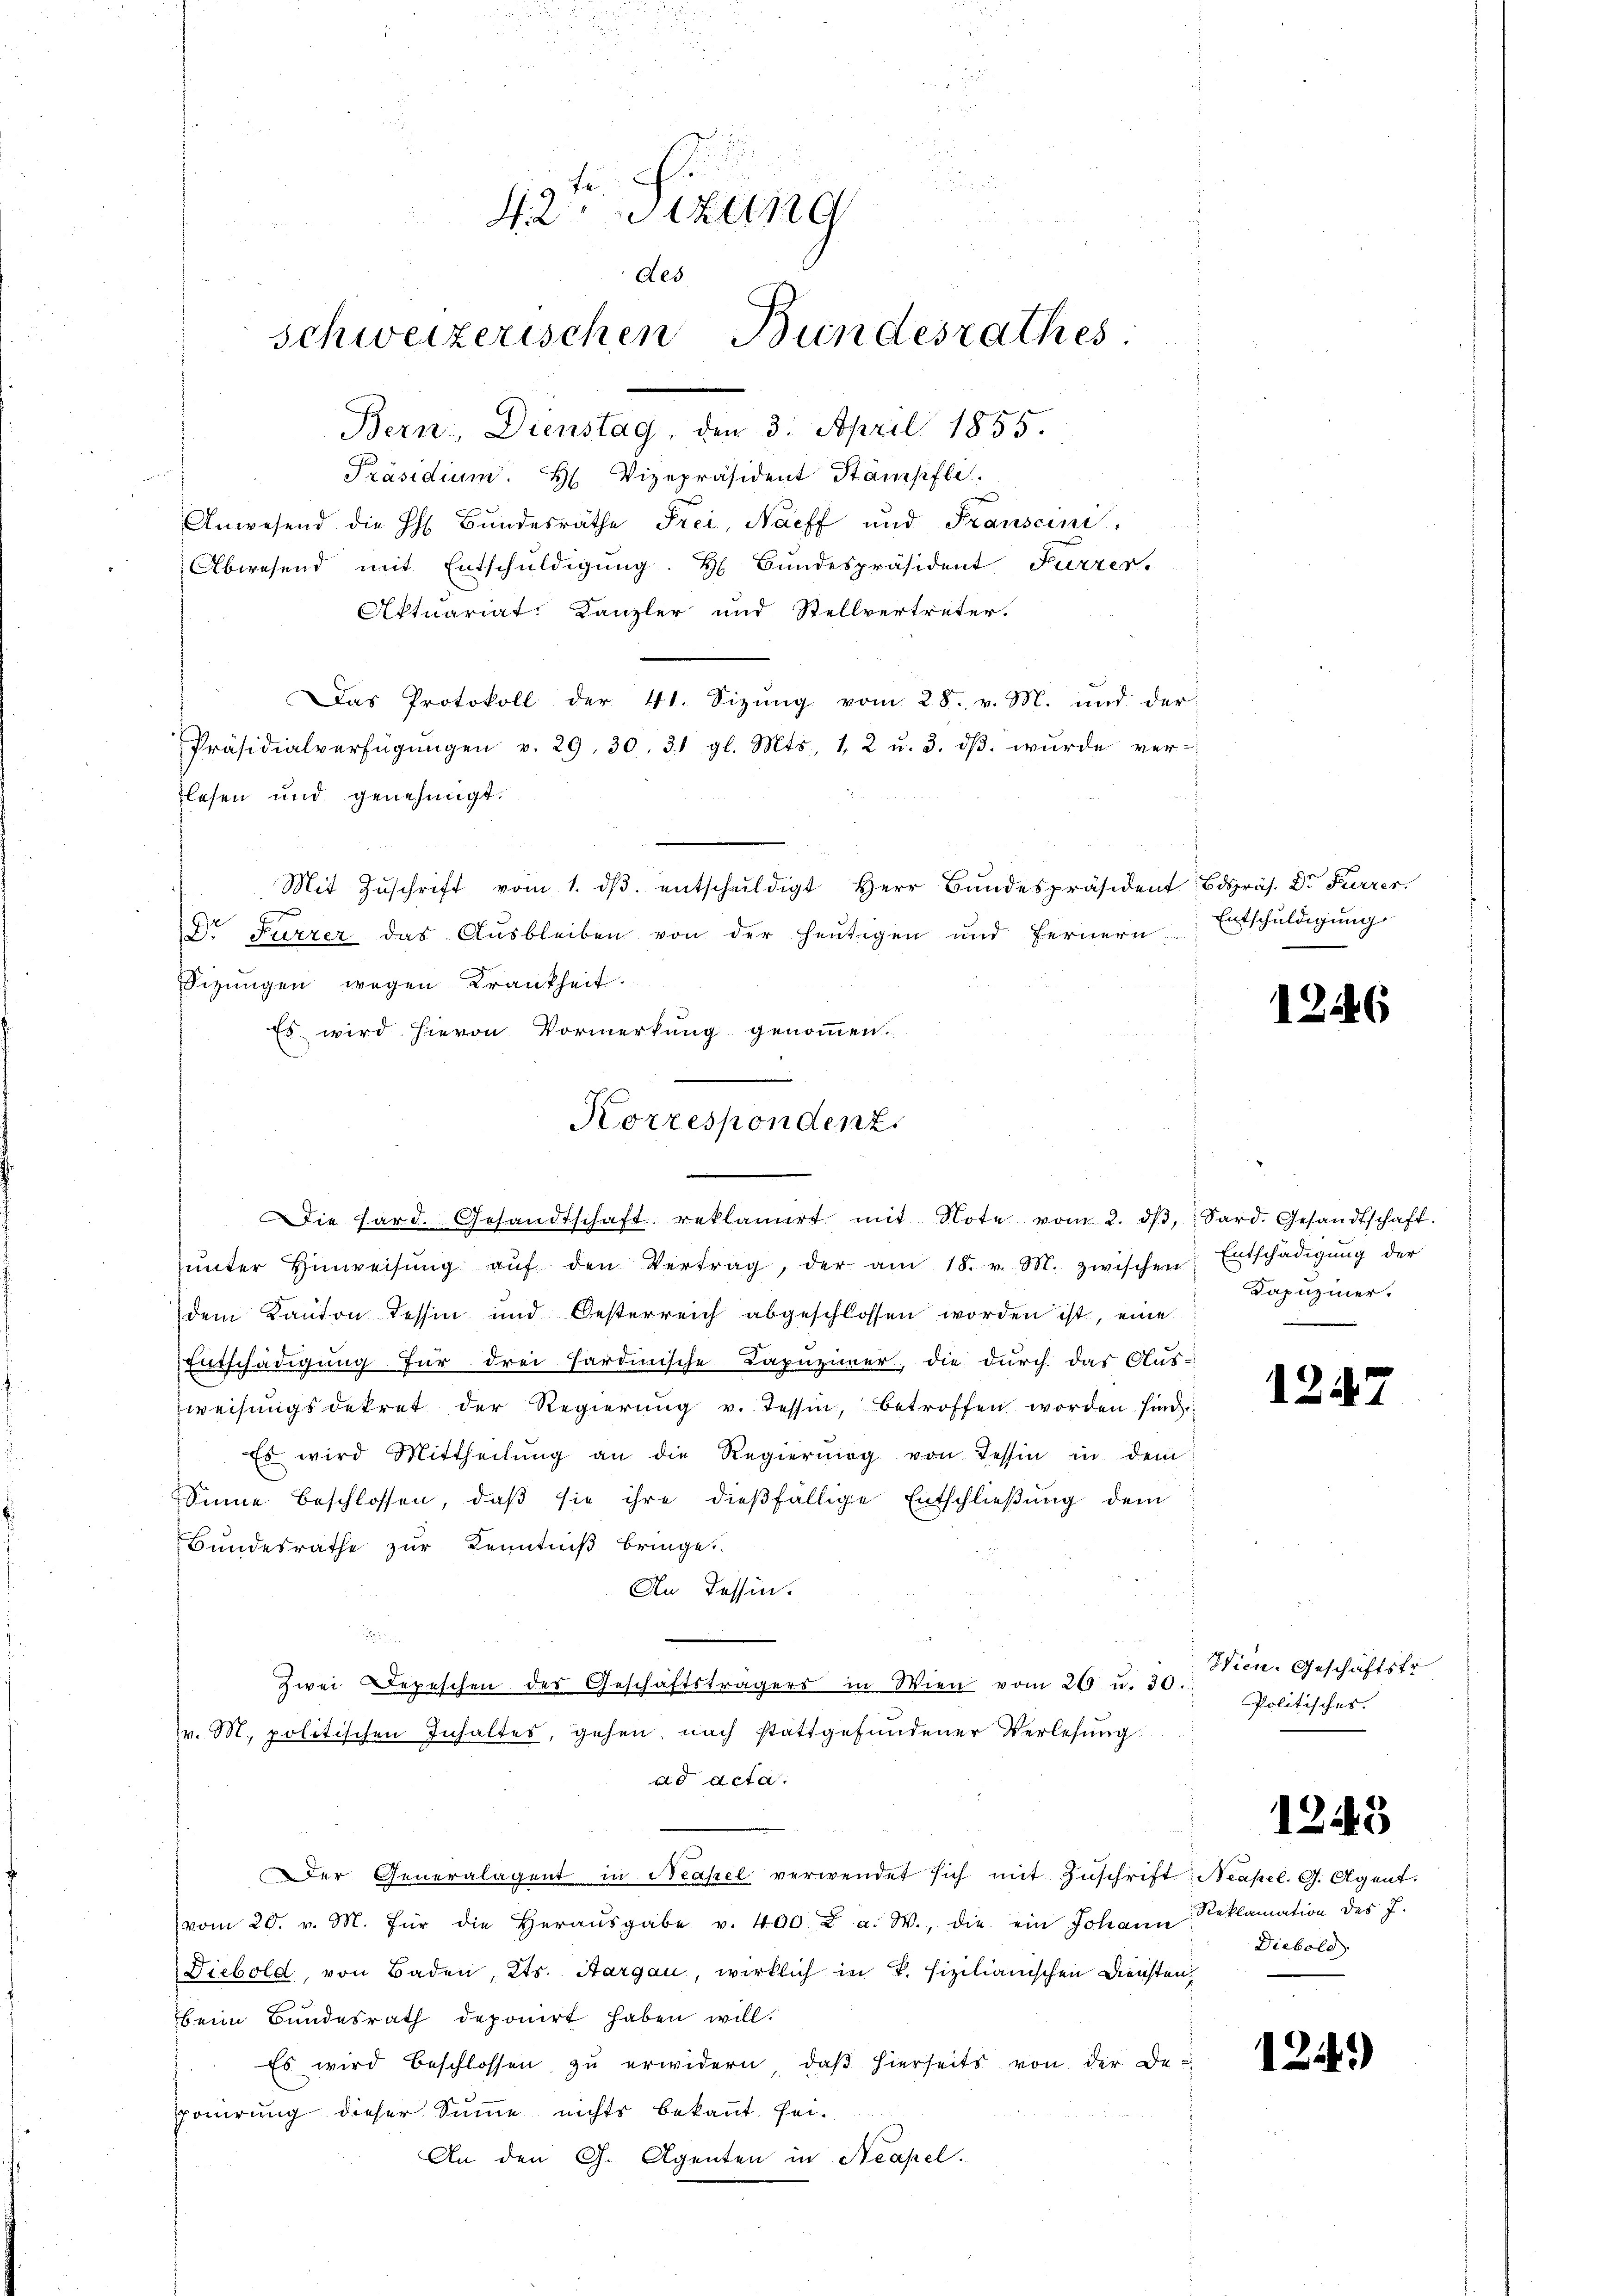
i
i
42. Sizung
d
des
schweizerischen Bundesrathes.
Bern, Dienstag, den 3. April 1855.
Präsidium. H. Vizepräsident Stämpfli
Anwesend die H. Bundesräthe Frei, Nacff und Franscini,
Abwesend mit Entschuldigung. H. Bundespräsident Furrer,

lesen und genehmigt.
ie hard. Gesandtschaft reklamirt mit Note vom 2. dβ, Sard. Gesandtschaft.
ŭnter Hinweisŭng aŭf den Vertrag, der am 18. v. M. zwischen Entschädigŭng der
dem Kanton Tessin und Oesterreich abgeschlossen worden ist, eine
Entschädigung für drei Fardinische Kapuzimer, die durch das Aus-
weisŭngsdekret der Regierŭng v. Tessin, betroffen worden sind
Es wird Mittheilŭng an die Regierŭng von Tessin in dem
Sinne beschlossen, daβ sie ihre dießfällige Entschlieβŭng dem
Bundesrathe zur Kenntniß bringe.
An Tessin.
e
Zwei Depeschen des Geschäftsträgers in Wien vom 26. u. 30.
v. M. politischen Inhaltes, gehen, nach stattgefundener Verlesung
ad Acta.
er Generalagent in Neapel verwendet sich mit Zuschrift Neapel. G. Agent.
vom 20. v. M. für die Heraŭsgabe v. 400. u a. W., die ein Johann
Diebold, von Baden, Kts. Aargau, wirklich in P. fizilianischen Diensten,
beim Bundesrath deponirt haben will.
Es wird beschlossen zŭ erwidern, daβ hierseits von der Deponirung dieser Summe nichts bekannt sei.
An den G. Agenten in Neapel.

Mit Zŭschrift vom 1. dβ. entschŭldigt Herr Bŭndespräsident: Bdspräs. Dr Furrer
Dr Furrer das Ausbleiben von der heutigen und fernern
Sitzungen wegen Krankheit
Es wird hievon Vormerkung genommen.
.
Korrespondenz.

Aktuariat. Kanzler und Stellvertreter.
Das Protokoll der 41. Sizŭng vom 28. v. M. und der
Präsidialverfügŭngen v. 29. 30. 31 gl. Mts., 1, 2 u. 3. dβ. wŭrde ver-

Entschuldigung

1246

Kapuziner.

124

Wien. Geschäftstr
Politischer.

1

1241)

2143

Reklamation des J.
Diebold